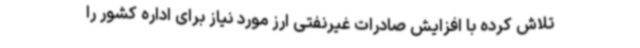
تلاش کرده با افزایش صادرات غیرنفتی ارز مورد نیاز برای اداره کشور را